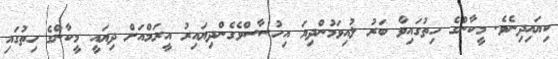
ކިޔައިދިނެވެ. މީކާންގެ ހިތުގައިވާ ބަރު ލުއިވަމުންދިޔަ އިހުސާސްވެގެންދިޔައިރު އީރަމްއަށް ދިޔައީ މީކާންގެ ހިތުގައި